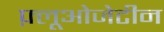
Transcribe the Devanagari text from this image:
फ़्लूओजेटीन